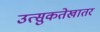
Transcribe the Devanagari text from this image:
उत्सुकतेखातर